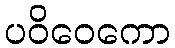
ပဝိဝေကော